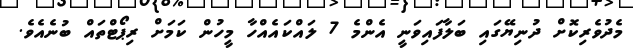
މެދުވެރިކޮށް ދުނިޔޭގައި ބަލާފައިވަނީ އެންމެ 7 ލައްކައެއްހާ މީހުން ކަމަށް ރިޕޯޓްތައް ބުނެއެވެ.